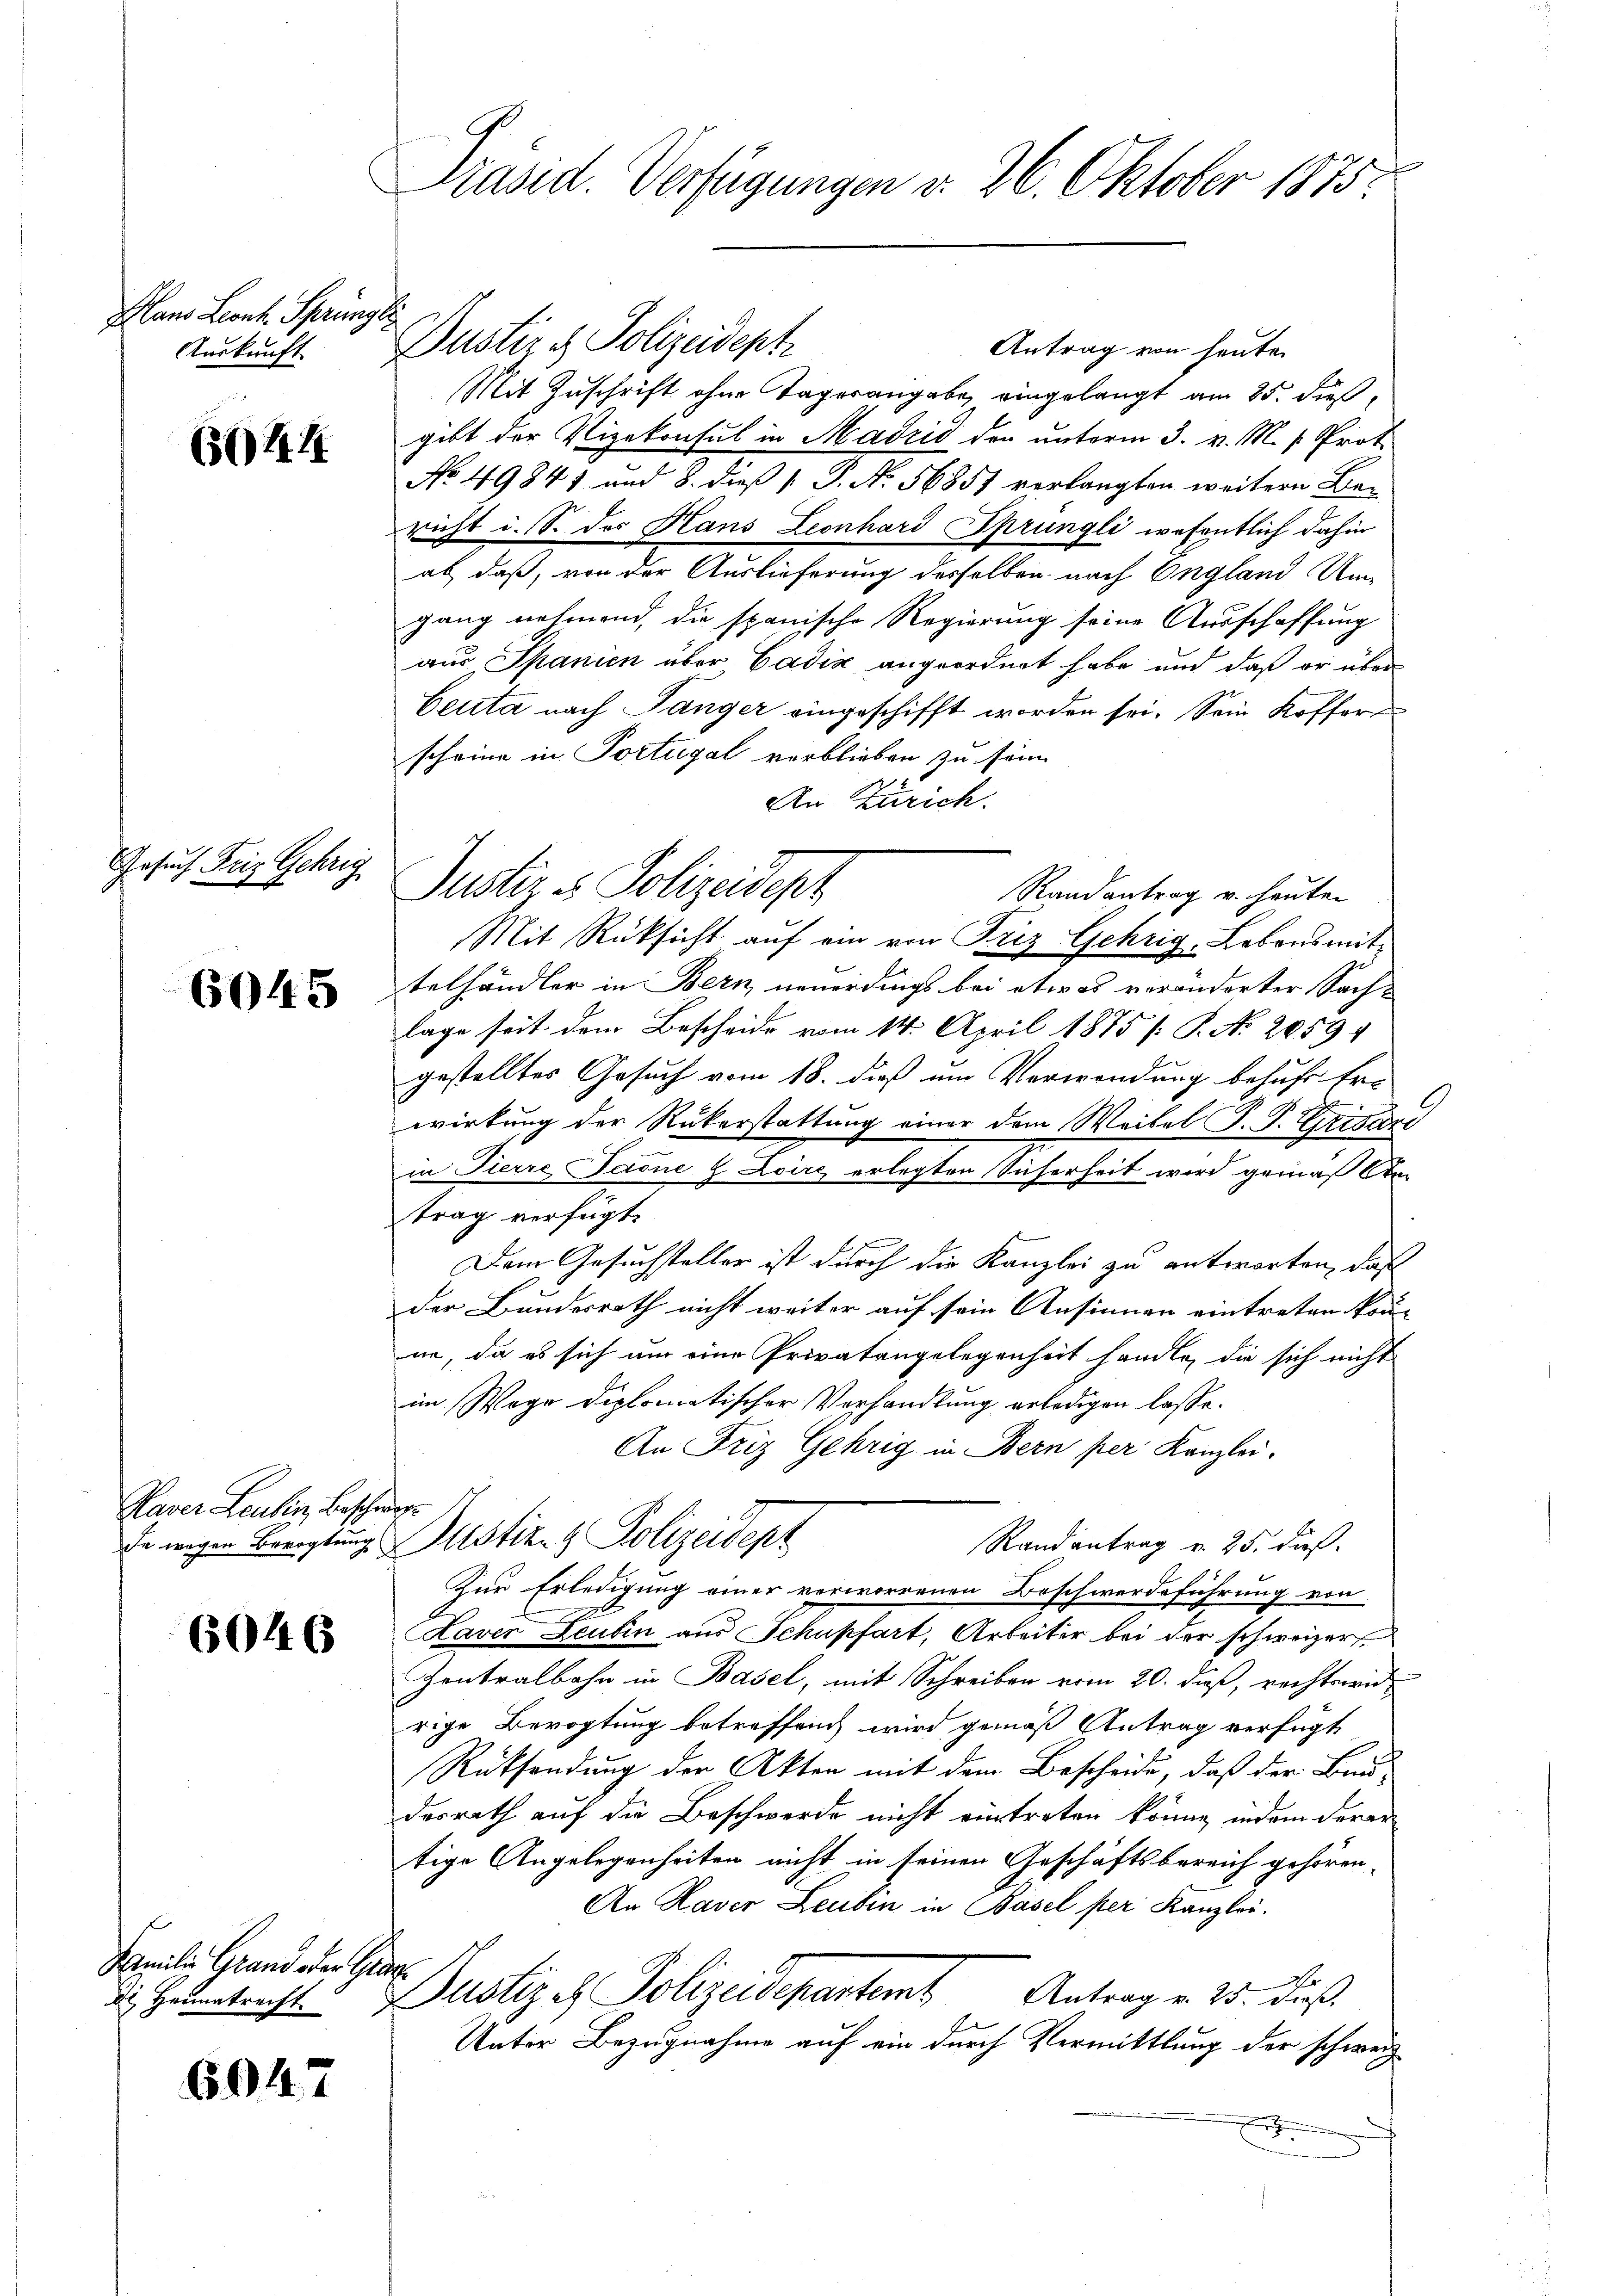
Hans Leonh. Sprüngl
Auskunft

664. 14

Gesuch Friz Gehrig

6045

Naver Leubin, beschwer¬

6046

Familie Grand oder Ge

6947

Präsid. Verfügungen v. 26. Oktober 1875.

Justiz & Polizeident
Antrag von heute
Mit Zuschrift ohne Tagesangabe, eingelangt am 25. Fuß,
gibt der Vizekonsul in Madrid der unterm 3. v. M. v. Prot.
No. 49841 und 8. dieß P. No. 56851 verlangten weitern Bericht i. S. des Hans Leonhard Sprüngli wesentlich dahin
al, daß, von der Auslieferung desselben nach England Ungang nehmend, die spanische Regierung seine Ausschaffung
aus Spanien aber Cadix angeordnet habe und daß er über
Ceuta nach Sänger eingeschifft worden sei. Sein Kofferscheine in Portugal verblieben zu sein.
An Zürich.
Justir es Polizeidest
Randantrag u. heuten
Mit Rüksicht auf ein von Friz Gehrig, Labonsmittelhändler in Bern neuerdings bei etwas veränderter Sachlage seit dem Bescheide vom 14. April 1875 [ P. No 20594
gestelltes Gesuch vom 18. dieß um Verwendung behufs Ere
wirkung der Rükerstattung einer dem Weitel F. P. Grisard
in Tierre Paone & Loire erlegten Sicherheit wird gemäß An
trag verfügt:
Dem Gesuchsteller ist durch die Kanzlei zu antworten, daß
der Bundesrath nicht weiter auf sein Ansinnen eintreten kön-
ne, da es sich um eine Privatangelegenheit handle, die sich nicht
im Wege diplomatischer Verhandlung erledigen lasse.
An Friz Gehrig in Bern per Kanzlei-
de wegen Breitung. Justiz- & Polizeidept
Randantrag v. 25. dieß.
Zur Erledigung einer verworrenen Beschwerdeführung von
Kaver Leubin aus Schupfart, Arbeiter bei der schweizer
Zontralbahn in Basel, mit Schreiben vom 20. dieß, rechtswid
rige Bevogtung betreffen wird gemäß Antrag verfügt
Rücksendung der Akten mit dem Bescheide, daß der Bau-
dasrath auf die Beschwerde nicht eintreten könne, indem derar
tige Angelegenheiten nicht in seinen Geschäftsbereich gehören.
An Laver Leubin in Basel per Kanzlei.
d
H
Antrag v. 25. dieß,
de Heimtracht Zustiz - Polizeidepartemb
Unter Bezugnahme auf ein durch Vermittlung der schweiz.